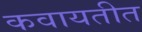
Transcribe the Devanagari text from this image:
कवायतीत